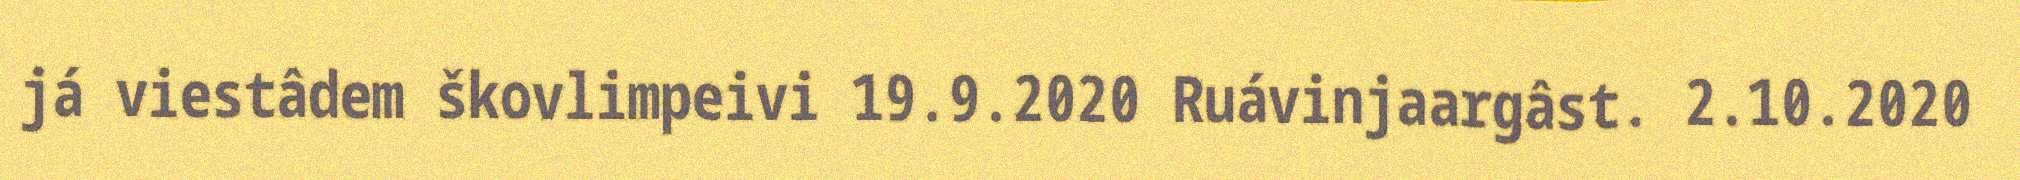
já viestâdem škovlimpeivi 19.9.2020 Ruávinjaargâst. 2.10.2020